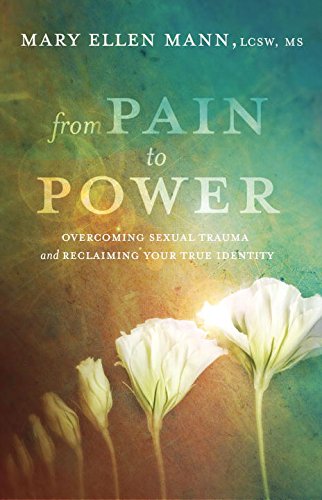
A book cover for From Pain to Power: Overcoming Sexual Trauma and Reclaiming Your True Identity; Mary Ellen Mann; Self-Help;